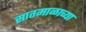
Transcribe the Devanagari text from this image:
सातमाळाच्या